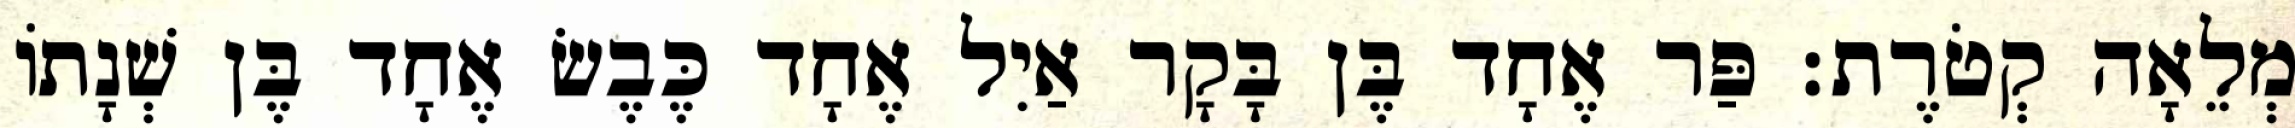
מְלֵאָה קְטֹרֶת׃ פַּר אֶחָד בֶּן בָּקָר אַיִל אֶחָד כֶּבֶשׂ אֶחָד בֶּן שְׁנָתוֹ